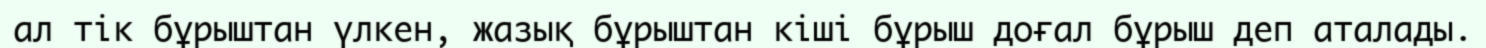
ал тік бұрыштан үлкен, жазық бұрыштан кіші бұрыш доғал бұрыш деп аталады.